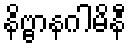
နိဗ္ဗာနဂါမိနီ